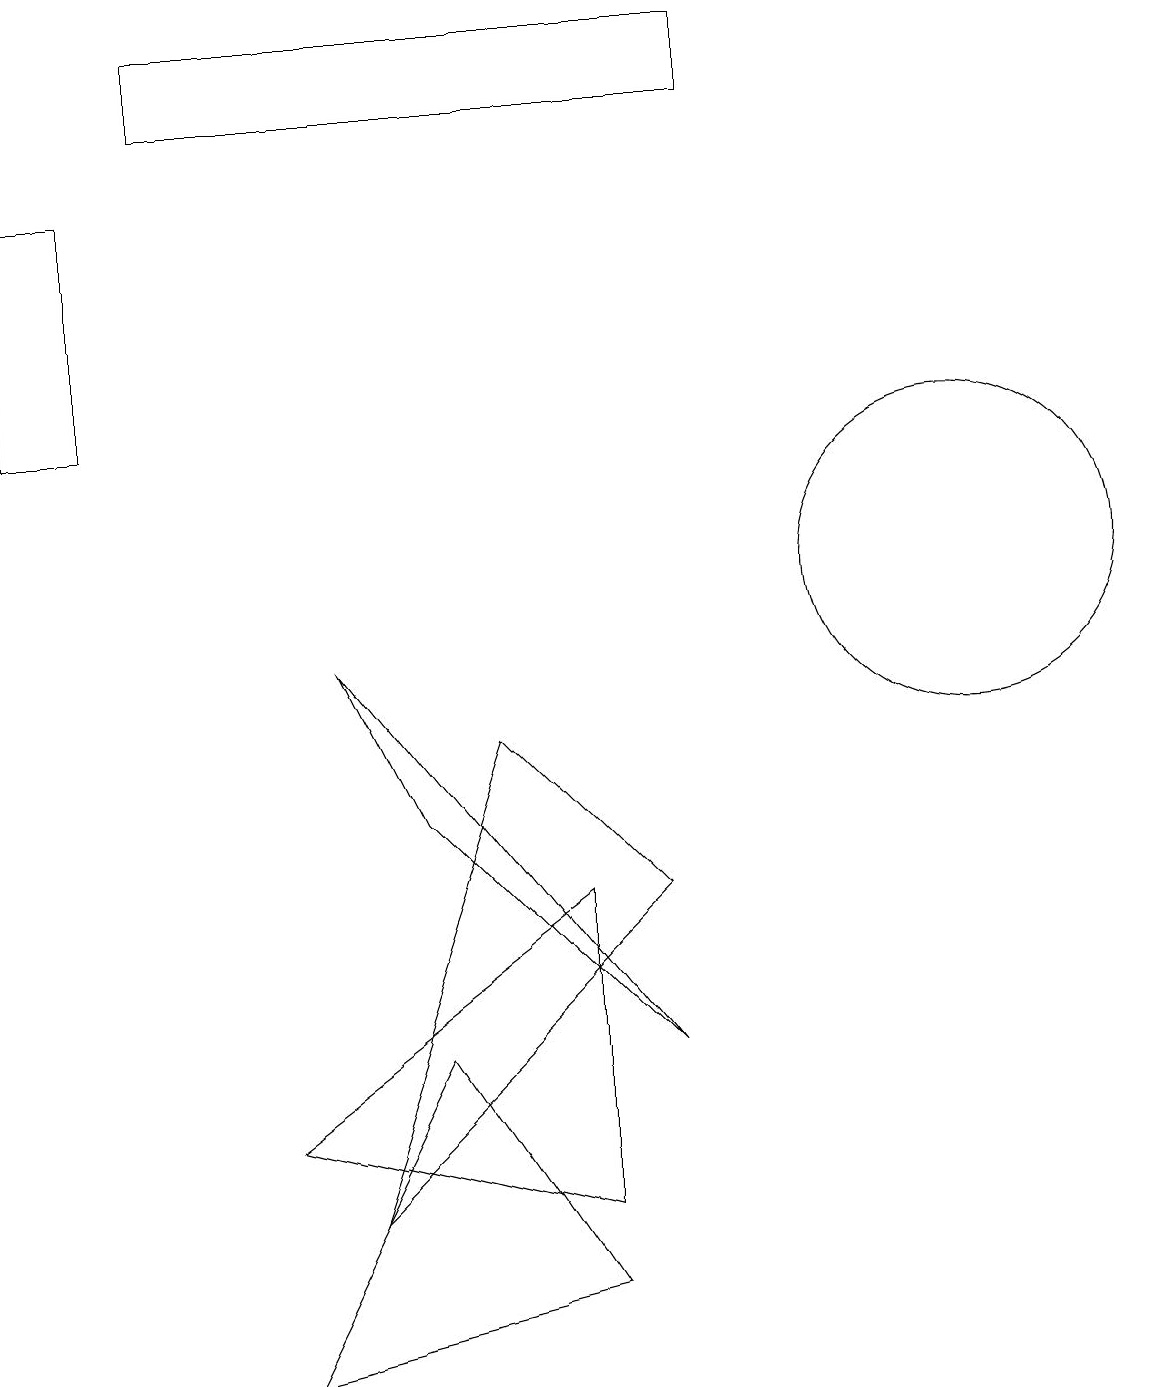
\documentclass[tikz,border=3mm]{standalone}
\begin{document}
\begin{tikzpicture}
\draw (7,1) -- (3,0) -- (5,4) -- cycle;
\draw (0,12) rectangle (1,15);
\draw (8,6) -- (6,8) -- (4,2) -- cycle;
\draw (2,17) rectangle (9,16);
\draw (8,4) -- (4,9) -- (5,7) -- cycle;
\draw (7,2) -- (7,6) -- (3,3) -- cycle;
\draw (12,10) circle (2);
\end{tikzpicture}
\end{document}